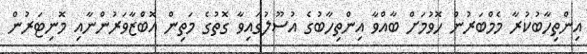
އިންތިހާބުކުރާ މެމްބަރުން ހޮވުމަށް ބާއްވާ އިންތިހާބުގެ އުސޫލުގައިވާ ގޮތުގެ މަތިން އޮބްޒާވަރުންނާއި މޮނިޓަރުން